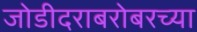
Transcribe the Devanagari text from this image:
जोडीदराबरोबरच्या